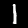
Digit: 1